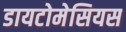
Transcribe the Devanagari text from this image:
डायटोमेसियस